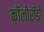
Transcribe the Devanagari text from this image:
कॉलोरॉडो